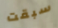
سبقت